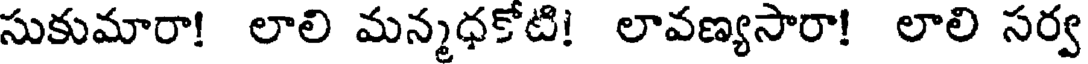
సుకుమారా! లాలి మన్మధకోటి! లావణ్యసారా! లాలి సర్వ